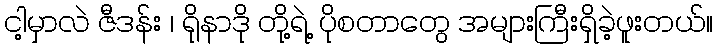
ငါ့မှာလဲ ဇီဒန်း ၊ ရိုနာဒို တို့ရဲ့ ပိုစတာတွေ အများကြီးရှိခဲ့ဖူးတယ်။